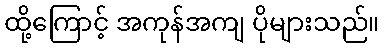
ထို့ကြောင့် အကုန်အကျ ပိုများသည်။